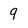
Character: 9